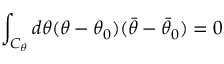
\int _ { { \cal C } _ { \theta } } d \theta ( \theta - \theta _ { 0 } ) ( \bar { \theta } - \bar { \theta } _ { 0 } ) = 0